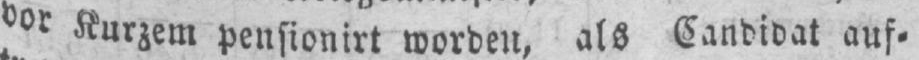
vor Kurzem pensionirt worden, als Candidat auf⸗